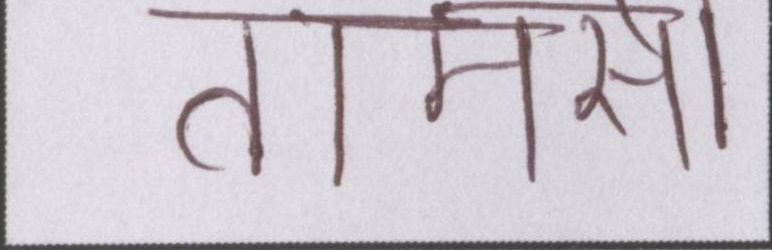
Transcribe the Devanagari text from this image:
तामसी